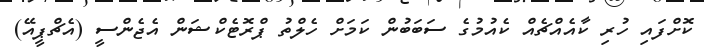
ކޮށްފައި ހުރި ކާއެއްޗެއް ކެއުމުގެ ސަބަބުން ކަމަށް ހެލްތު ޕްރޮޓެކްޝަން އެޖެންސީ (އެޗްޕީއޭ)